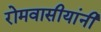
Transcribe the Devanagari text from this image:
रोमवासीयांनी